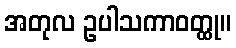
အတုလ ဥပါသကာဝတ္ထု။